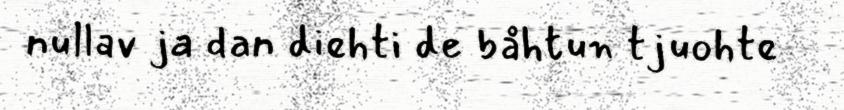
nullav ja dan diehti de båhtun tjuohte